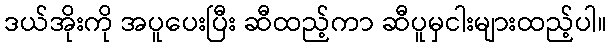
ဒယ်အိုးကို အပူပေးပြီး ဆီထည့်ကာ ဆီပူမှငါးများထည့်ပါ။